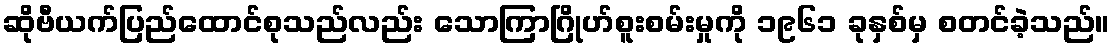
ဆိုဗီယက်ပြည်ထောင်စုသည်လည်း သောကြာဂြိုဟ်စူးစမ်းမှုကို ၁၉၆၁ ခုနှစ်မှ စတင်ခဲ့သည်။